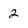
Character: 2